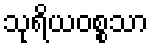
သုရိယဝစ္စသာ